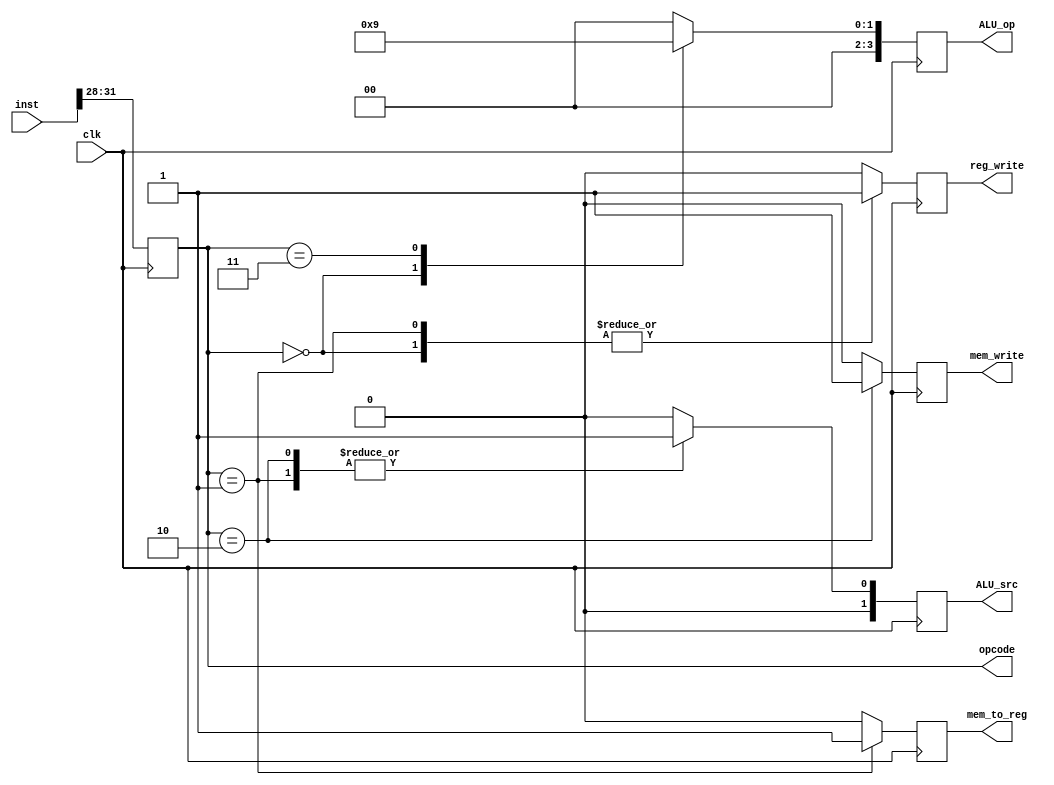
module control_unit (
  input clk,
  input [31:0] inst,
  output reg [3:0] opcode,
  output reg [3:0] ALU_op,
  output reg [1:0] ALU_src,
  output reg reg_write,
  output reg mem_write,
  output reg mem_to_reg
);

always @(posedge clk) begin
  opcode <= inst[31:28];
  case (opcode)
    4'b0000: begin // R-type instruction
      ALU_op <= 2'b10;
      ALU_src <= 2'b00;
      reg_write <= 1'b1;
      mem_write <= 1'b0;
      mem_to_reg <= 1'b0;
    end
    4'b0001: begin // Load instruction
      ALU_op <= 2'b00;
      ALU_src <= 2'b01;
      reg_write <= 1'b1;
      mem_write <= 1'b0;
      mem_to_reg <= 1'b1;
    end
    4'b0010: begin // Store instruction
      ALU_op <= 2'b00;
      ALU_src <= 2'b01;
      reg_write <= 1'b0;
      mem_write <= 1'b1;
      mem_to_reg <= 1'b0;
    end
    4'b0011: begin // Branch instruction
      ALU_op <= 2'b01;
      ALU_src <= 2'b00;
      reg_write <= 1'b0;
      mem_write <= 1'b0;
      mem_to_reg <= 1'b0;
    end
    default: begin
      ALU_op <= 2'b00;
      ALU_src <= 2'b00;
      reg_write <= 1'b0;
      mem_write <= 1'b0;
      mem_to_reg <= 1'b0;
    end
  endcase
end

endmodule